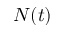
N ( t )